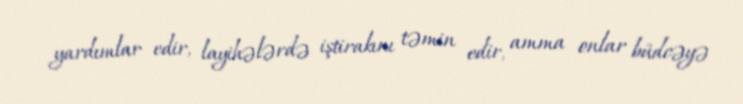
yardımlar edir, layihələrdə iştirakını təmin edir, amma onlar büdcəyə